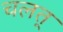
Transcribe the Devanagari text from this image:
चलत्